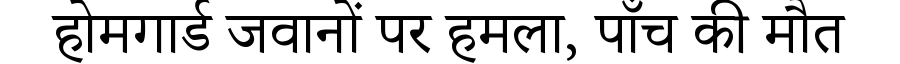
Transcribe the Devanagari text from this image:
होमगार्ड जवानों पर हमला, पाँच की मौत